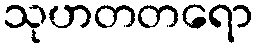
သုဟတတရော